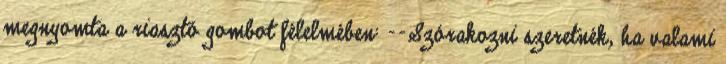
megnyomta a riasztó gombot félelmében: --Szórakozni szeretnék, ha valami